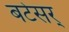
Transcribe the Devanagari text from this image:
बटेसर्